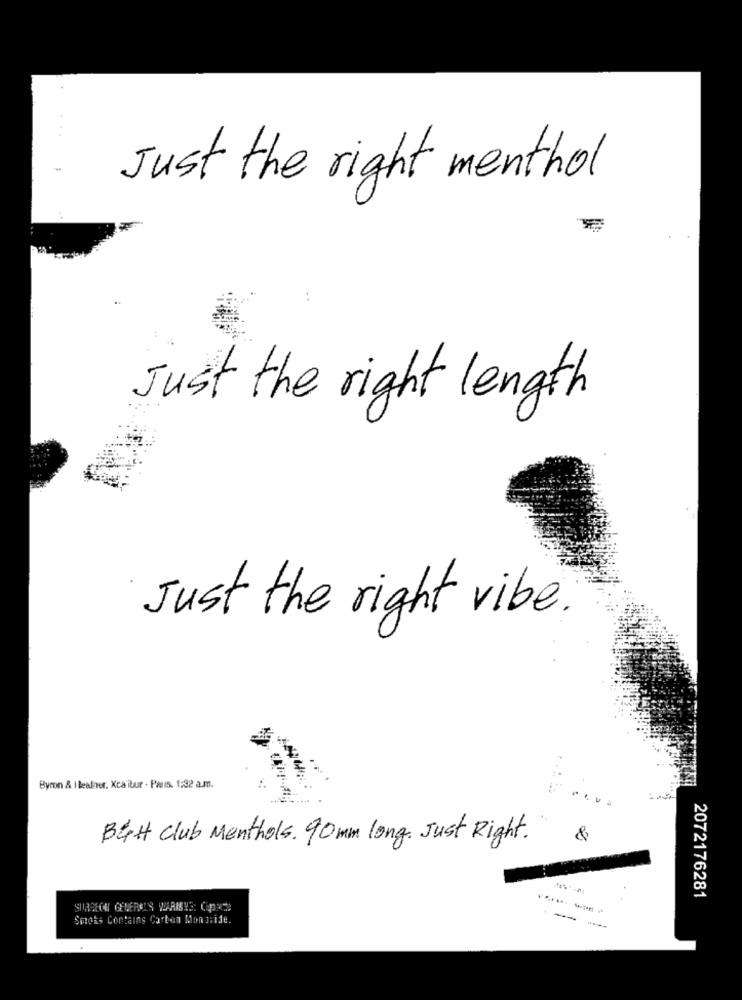
Just the right menthol
..
Just the right length
Just the right vibe.
Byron & Heather. Xcalibur - Paris. 1:32 a.m.
But Club Menthols. 90 mm long. Just Right.
&
2072176281
Smots Contains Carbon Mond:ide.
--